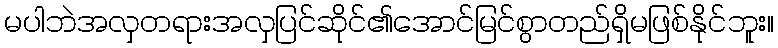
မပါဘဲအလှတရားအလှပြင်ဆိုင်၏အောင်မြင်စွာတည်ရှိမဖြစ်နိုင်ဘူး။